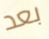
بعد